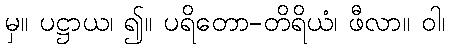
မှ။ ပဋ္ဌာယ၊ ၍။ ပရိတော-တိရိယံ၊ ဖီလာ။ ဝါ၊